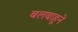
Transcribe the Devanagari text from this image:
बलबाहूने